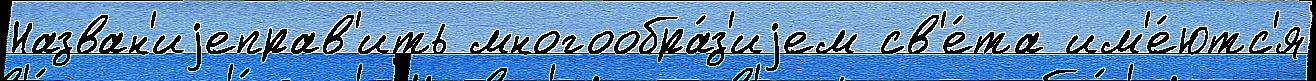
Назван'иjеправ'ить многообра́з'иjем св'е́та им'е́ютс'я